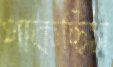
পাকছিস